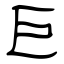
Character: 巨